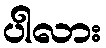
ပါလား